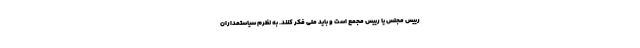
رییس مجلس یا رییس مجمع است و باید ملی فکر کنند. به نظرم سیاستمداران